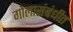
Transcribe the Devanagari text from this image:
गोलासंबंधीत